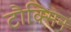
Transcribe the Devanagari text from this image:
टौक्सिन